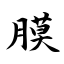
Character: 膜